Rangoon Lunatic Asylum 1898-1906 - 1898-1906
Year: 1898
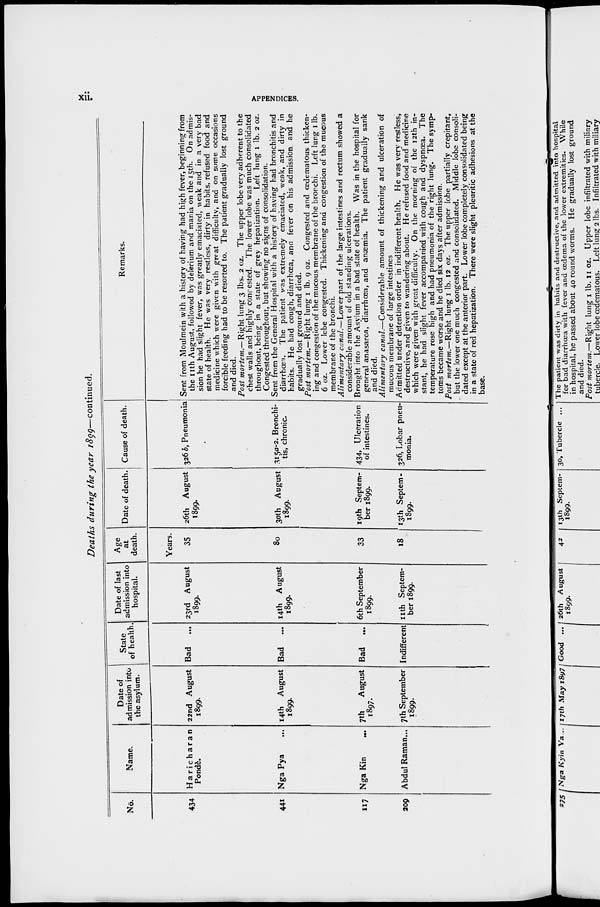
xii.
APPENDICES.
Deaths during the year 1899—continued.
No.
434
441
117
209
Name.
Haricharan
Pondè.
Nga Pya ...
Nga Kin
....
Abdul Raman...
Date of
admission into
the asylum.
22nd August
1899.
14th August
1899.
7th
August
1897.
7th September
1899.
State
of health
Bad ...
Bad ...
Bad
...
Indifferent
Date of last
admission into
hospital.
23rd August
1899.
14th August
1899.
6th September
1899.
nth Septem-
ber 1899.
Age
at
death.
Years.
35
80
33
18
Date of death.
26th August
1899.
30th August
1899.
19th Septem-
ber 1899.
13th Septem-
1899.
Cause of death.
326 b, Pneumonia
3150-2. Bronchi-
tis, chronic.
434, Ulceration
of intestines.
.326, Lobar pneu-
monia.
Remarks.
Sent from Moulmein with a history of having had high fever, beginning from
the 11th August, followed by delerium and mania on the 15th. On admis-
sion he had slight fever, was greatly emaciated, weak and in a very bad
state of health. He was very restless, dirty in habits, refused food and
medicine which were given with great difficulty, and on some occasions
forcible feeding had to be resorted to. The patient gradually lost ground
and died.
Post mortem.— Right lung 3 lbs. 2 oz. The upper lobe very adherent to the
chest walls and highly consested. The lower lobe was much consolidated
throughout, being in a state of grey hepatization. Left lung 1 lb. 2 oz.
Congested throughout, but showing no signs of consolidation.
Sent from the General Hospital with a history of having had bronchitis and
diarrhœn. The patient was extremely emaciated, weak, and dirty in
habits. He had cough, diarrhoea, and fever on his admission and he
gradually lost ground and died.
Post mortem.—Right lung 1 lb. 9 oz. Congested and œdematous thicken-
ing and congestion of the mucous membrane of the bronchi. Left lung 1 lb.
6 oz. Lower lebe congested. Thickening and congestion of the mucous
membrane of the bronchi.
Alimentary canal.—Lower part of the large intestines and rectum showed a
considerable amount of old standing ulcerations.
Brought into the Asylum in a bad state of health. Was in the hospital for
general anasarca, diarrhoea, and anaemia. The patient gradually sank
and died.
Alimentary canal.—Considerable
amount of thickening and ulceration of
mucous membrane of large intestines
Admitted under detention order in indifferent health. He was very restless,
destructive, and given to wandering about. He refused food and medicine
which were given with great difficulty. On the morning of the 12th in-
stant, he had slight fever accompanied with cough and dyspnoea. The
temperature rose high and had pneumonia of the right lung. The symp-
toms became worse and he died six days after admission.
Post mortem.—Right lung 1 lb. 12 oz. The upper lobe partially crepitant,
but the lower one much congested and consolidated. Middle lobe consoli-
dated except at the anterior part. Lower lobe completely consolidated being
in a state of red hepatization. There were slight pleuritic adhesions at the
base.